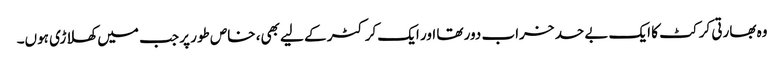
وہ بھارتی کرکٹ کا ایک بے حد خراب دور تھا اور ایک کرکٹر کے لیے بھی، خاص طور پر جب میں کھلاڑی ہوں۔